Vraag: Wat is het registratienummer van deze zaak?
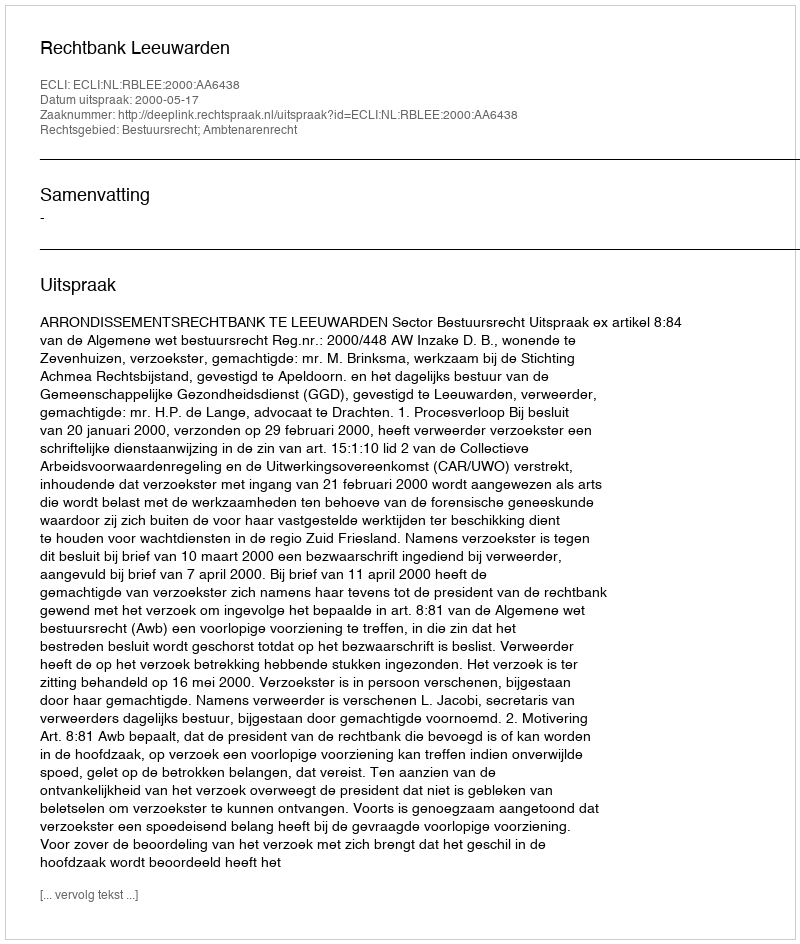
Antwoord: http://deeplink.rechtspraak.nl/uitspraak?id=ECLI:NL:RBLEE:2000:AA6438